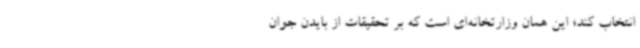
انتخاب کند؛ این همان وزارتخانه‌ای است که بر تحقیقات از بایدن جوان